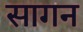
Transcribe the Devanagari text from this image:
सागन